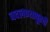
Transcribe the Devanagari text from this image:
बदलण्यापूरवी